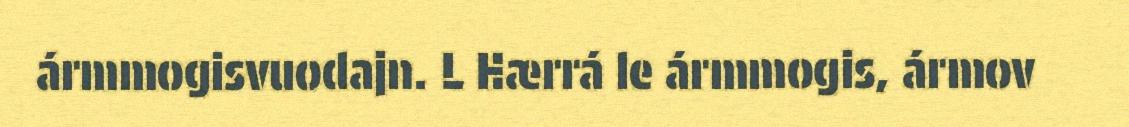
ármmogisvuodajn. L Hærrá le ármmogis, ármov